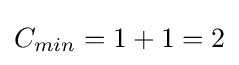
C_{min}=1+1=2